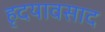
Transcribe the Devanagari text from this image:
हृदयावसाद